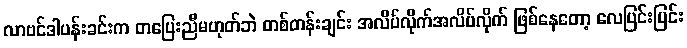
လာဗင်ဒါပန်းခင်းက တပြေးညီမဟုတ်ဘဲ တစ်တန်းချင်း အလိပ်လိုက်အလိပ်လိုက် ဖြစ်နေတော့ လေပြင်းပြင်း